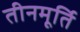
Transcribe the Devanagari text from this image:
तीनमूर्ति